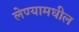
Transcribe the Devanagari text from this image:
लेण्यामधील